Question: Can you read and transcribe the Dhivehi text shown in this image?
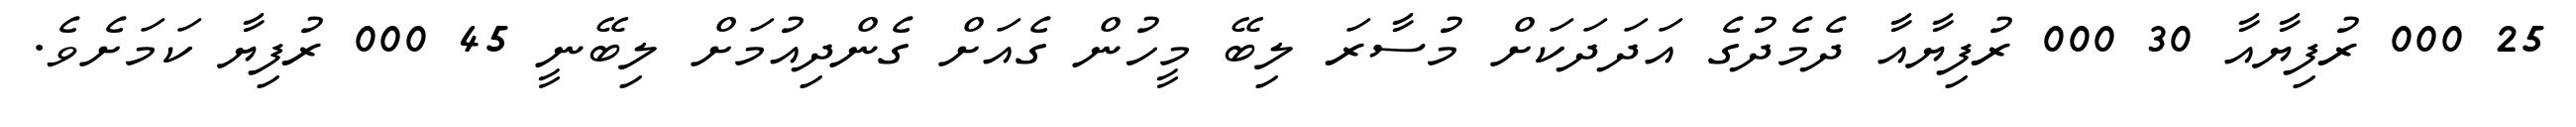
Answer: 25 000 ރުފިޔާއާ 30 000 ރުފިޔާއާ ދެމެދުގެ އަދަދަކަށް މުސާރަ ލިބޭ މީހުން ގެއަށް ގެންދިއުމަށް ލިބޭނީ 45 000 ރުފިޔާ ކަމަށެވެ.